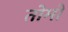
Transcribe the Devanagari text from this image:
तोमो